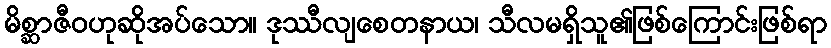
မိစ္ဆာဇီဝဟုဆိုအပ်သော။ ဒုဿီလျစေတနာယ၊ သီလမရှိသူ၏ဖြစ်ကြောင်းဖြစ်ရာ